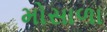
મોસાળા